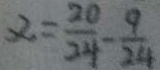
\alpha = \frac { 2 0 } { 2 4 } - \frac { 9 } { 2 4 }